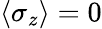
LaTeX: \langle\sigma_{z}\rangle=0